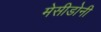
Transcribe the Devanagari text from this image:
मेसीडोनी